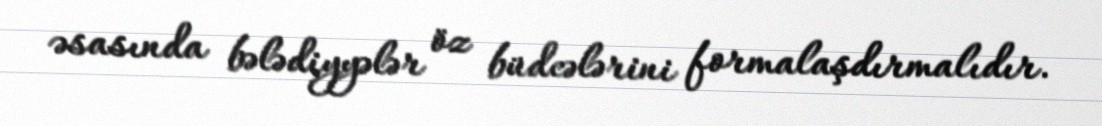
əsasında bələdiyyələr öz büdcələrini formalaşdırmalıdır.